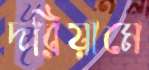
দরিয়ামে